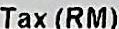
TAX(RM)